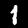
Label: 1